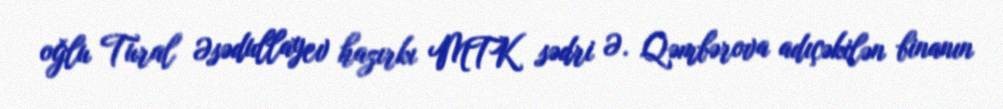
oğlu Tural Əsədullayev hazırkı MTK sədri Ə. Qəmbərova adıçəkilən binanın